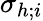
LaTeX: \sigma_{h;i}